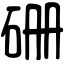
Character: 𥑬